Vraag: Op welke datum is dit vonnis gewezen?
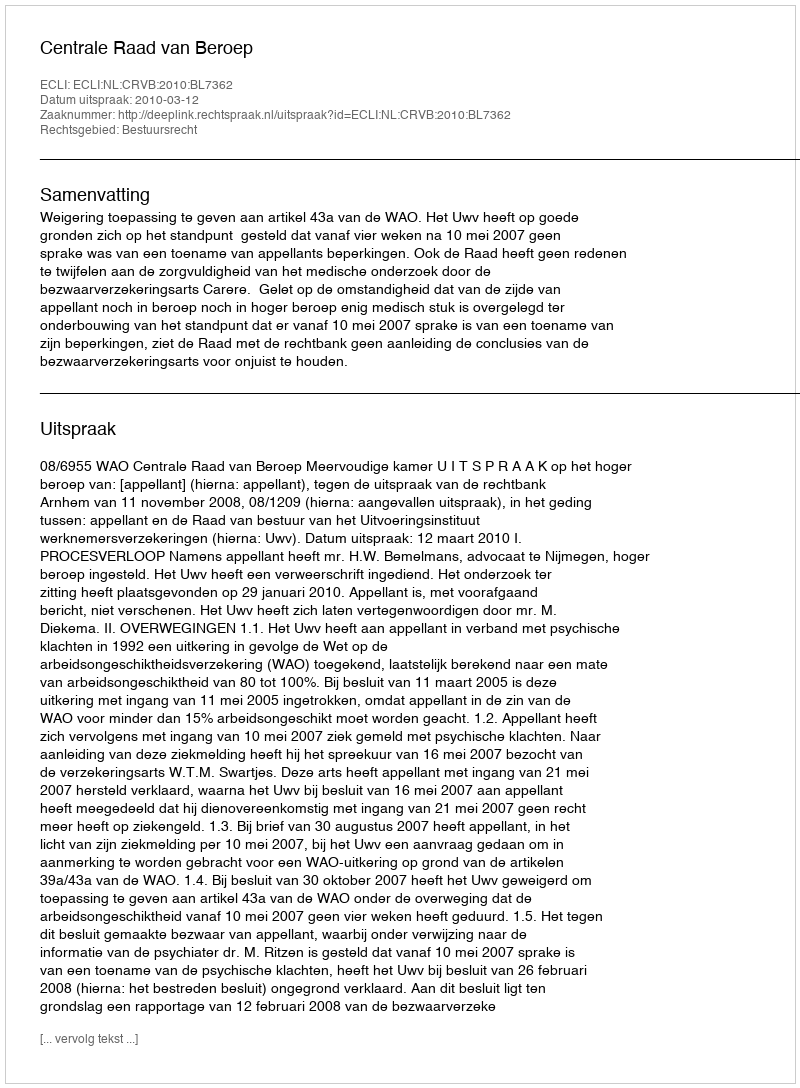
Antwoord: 2010-03-12